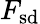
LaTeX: F_{\mathrm{sd}}